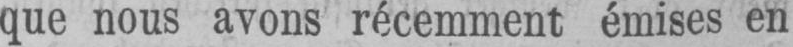
que nous avons récemment émises en